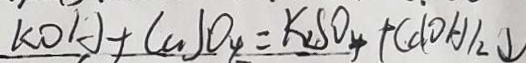
K O H + C u S O _ { 4 } = K _ { 2 } S O _ { 4 } + C u ( O H ) _ { 2 } \downarrow